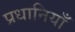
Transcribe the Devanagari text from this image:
प्रधानियाँ